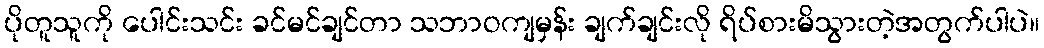
ပိုတူသူကို ပေါင်းသင်း ခင်မင်ချင်တာ သဘာဝကျမှန်း ချက်ချင်းလို ရိပ်စားမိသွားတဲ့အတွက်ပါပဲ။